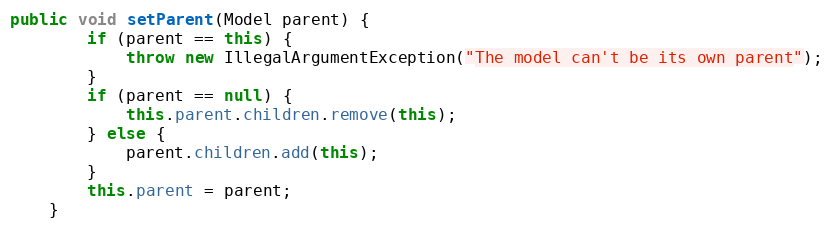
Language: Java
public void setParent(Model parent) {
        if (parent == this) {
            throw new IllegalArgumentException("The model can't be its own parent");
        }
        if (parent == null) {
            this.parent.children.remove(this);
        } else {
            parent.children.add(this);
        }
        this.parent = parent;
    }